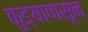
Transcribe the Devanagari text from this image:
कुड्यापासून